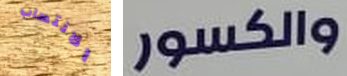
الانتصاب والكسور